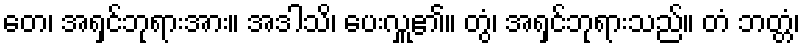
တေ၊ အရှင်ဘုရားအား။ အဒါသိ၊ ပေးလှူ၏။ တွံ၊ အရှင်ဘုရားသည်။ တံ ဘတ္တံ၊